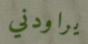
يراودني